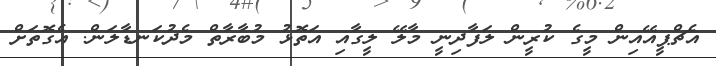
އެޗްޕީއޭއިން މީގެ ކުރީން ލަފާދިނީ މާލޭ ލީގާއި އަތޮޅު މުބާރާތް މެދުކަނޑާލަން. އެގޮތަށް